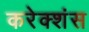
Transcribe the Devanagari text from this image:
करेक्शंस